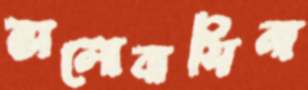
ভালোবাসিনা